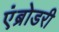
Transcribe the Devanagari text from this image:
एंब्रोडरी